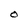
Character: O